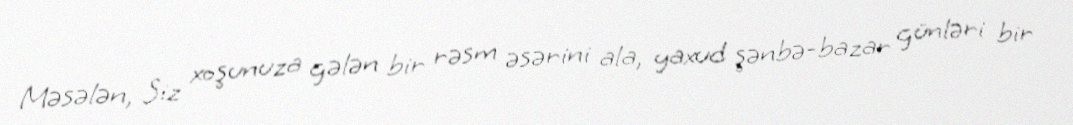
Məsələn, Siz xoşunuza gələn bir rəsm əsərini ala, yaxud şənbə-bazar günləri bir